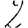
Digit: 2